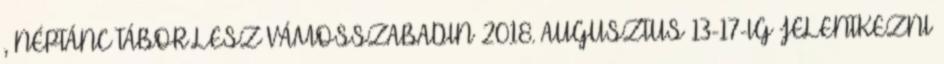
, NÉPTÁNC TÁBOR LESZ VÁMOSSZABADIN 2018. AUGUSZTUS 13-17-IG JELENTKEZNI